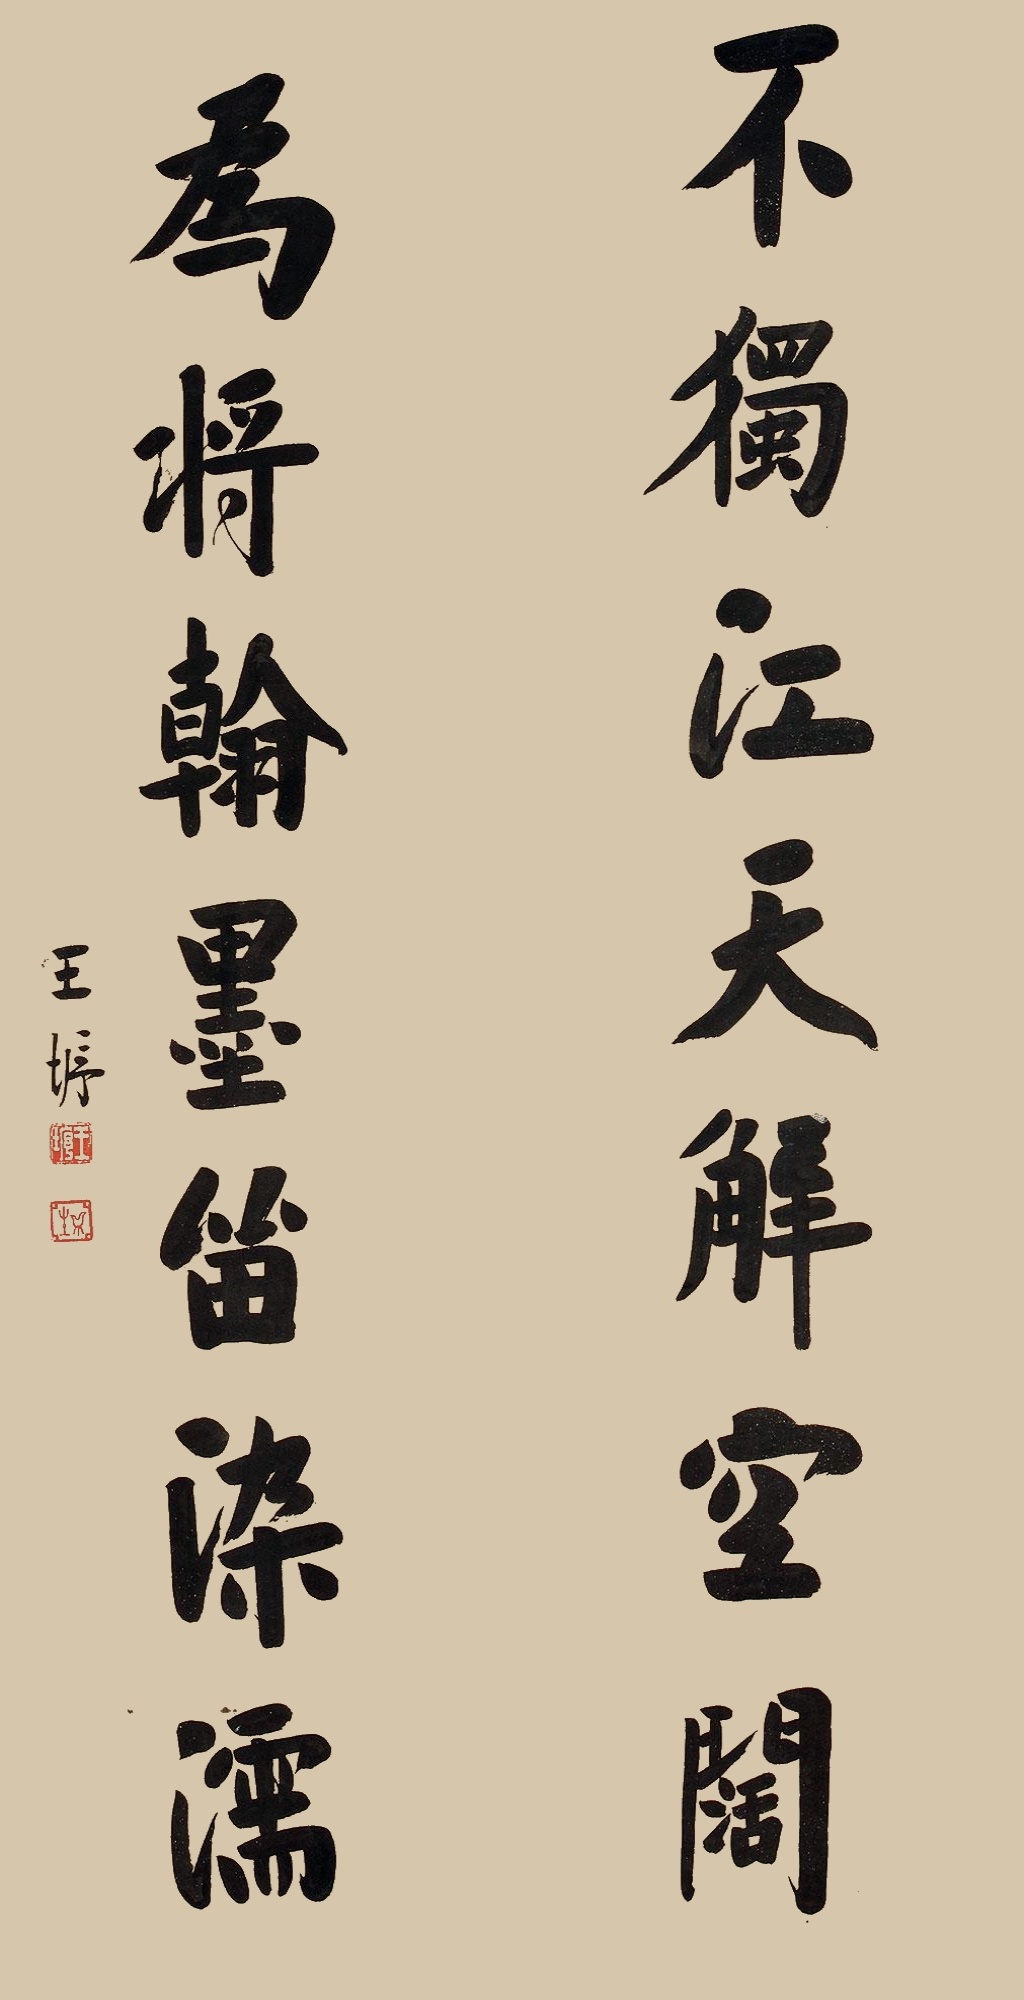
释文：不独江天解空阔，为将翰墨留染濡。王垿。